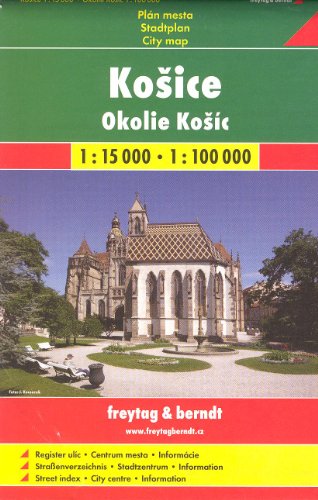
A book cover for Kosice (Slovakia) 1:15,000 Street Map & Surroundings 1:100,000 Hiking Map SC; Shocart; Travel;